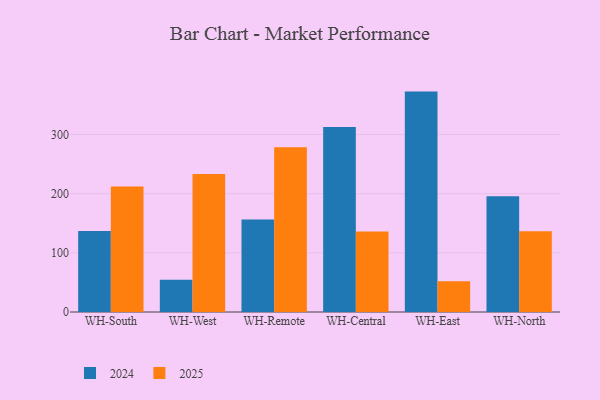
{"axis": {"x": "Warehouse", "y": "Production Output"}, "legend": ["2024", "2025"], "data": [{"x": "WH-South", "y": 212.1, "type": "2025"}, {"x": "WH-South", "y": 137.1, "type": "2024"}, {"x": "WH-West", "y": 233.4, "type": "2025"}, {"x": "WH-West", "y": 54.3, "type": "2024"}, {"x": "WH-Remote", "y": 278.6, "type": "2025"}, {"x": "WH-Remote", "y": 156.5, "type": "2024"}, {"x": "WH-Central", "y": 136.0, "type": "2025"}, {"x": "WH-Central", "y": 312.8, "type": "2024"}, {"x": "WH-East", "y": 52.1, "type": "2025"}, {"x": "WH-East", "y": 372.5, "type": "2024"}, {"x": "WH-North", "y": 136.4, "type": "2025"}, {"x": "WH-North", "y": 195.7, "type": "2024"}]}